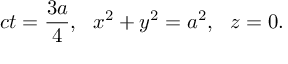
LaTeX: c t = \frac { 3 a } { 4 } , \, \, \, \, x ^ { 2 } + y ^ { 2 } = a ^ { 2 } , \, \, \, \, z = 0 .